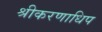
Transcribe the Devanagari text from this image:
श्रीकरणाधिप